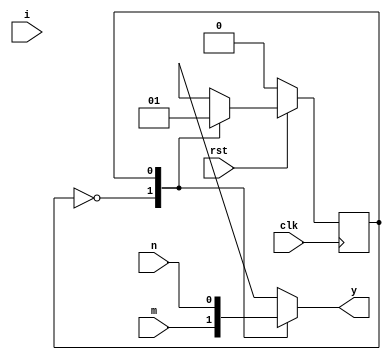
//  -    
/* 50 0,1  
clkCount , 1  1, 500,000    '1' 
-> clkCount <= 500,000  0 ,clkCount 0  
(0  499,999  )
->  S1 
 1,000,000    0 1  1,000,000 1Hz   
*/
module moore(clk, rst, i, m, n, y);
	input	clk, rst, i, m, n;
	output	y;
  
	reg	y;
	reg	state;
	reg	next_state;

	parameter S0=1'b0, S1=1'b1;

	integer clkCount = 0;

	always @(posedge clk)// 
	begin
	clkCount <= clkCount + 1'b1;
	if (~rst)	state = S0;
	else	state = next_state;
	end

	always @(i or state)
	case(state)
		S0:
			if(clkCount >= 500000) 
			begin
			next_state = S1; // i 1
			clkCount = 0;
			end
			else next_state = S0;
		S1:
			if(clkCount >= 500000)
			begin 
			next_state = S0;
			clkCount = 0;
			end
			else next_state = S1;

	endcase
	always @(state or m or n ) 
	case (state)
		S0: y = m; // m = 0
		S1: y = n; // n = 1 
	endcase
endmodule